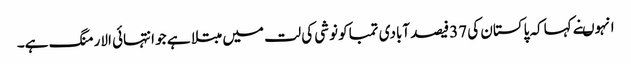
انہوںنے کہاکہ پاکستان کی 37فیصد آبادی تمباکو نوشی کی لت میں مبتلا ہے جو انتہائی الارمنگ ہے۔